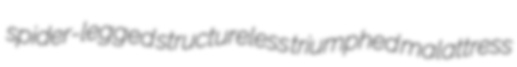
spider-legged structureless triumphed malattress